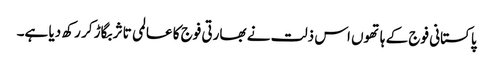
پاکستانی فوج کے ہاتھوں اس ذلت نے بھارتی فوج کا عالمی تاثر بگاڑ کر رکھ دیا ہے۔